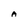
Character: A